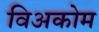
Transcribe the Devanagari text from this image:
विअकोम